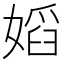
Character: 嫍